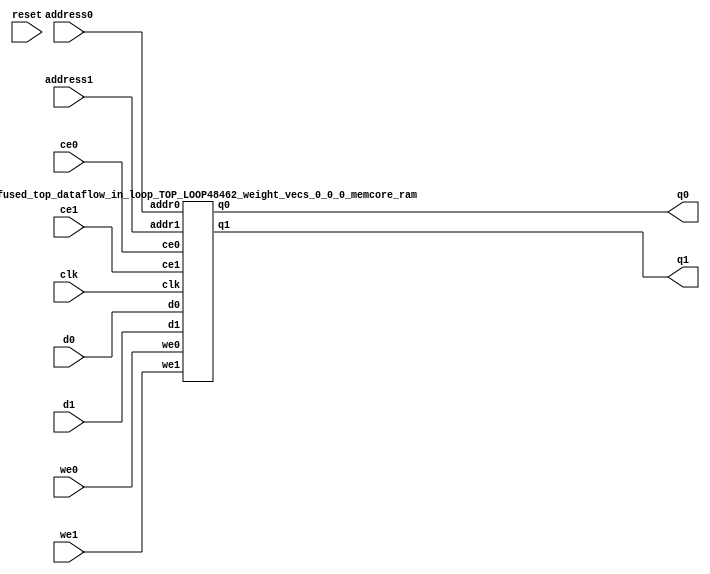
`define EXPONENT 5
`define MANTISSA 10
`define ACTUAL_MANTISSA 11
`define EXPONENT_LSB 10
`define EXPONENT_MSB 14
`define MANTISSA_LSB 0
`define MANTISSA_MSB 9
`define MANTISSA_MUL_SPLIT_LSB 3
`define MANTISSA_MUL_SPLIT_MSB 9
`define SIGN 1
`define SIGN_LOC 15
`define DWIDTH (`SIGN+`EXPONENT+`MANTISSA)
`define IEEE_COMPLIANCE 1

module td_fused_top_dataflow_in_loop_TOP_LOOP48462_weight_vecs_0_0_0_memcore(
    reset,
    clk,
    address0,
    ce0,
    we0,
    d0,
    q0,
    address1,
    ce1,
    we1,
    d1,
    q1);

parameter DataWidth = 32'd16;
parameter AddressRange = 32'd512;
parameter AddressWidth = 32'd9;
input reset;
input clk;
input[AddressWidth - 1:0] address0;
input ce0;
input we0;
input[DataWidth - 1:0] d0;
output[DataWidth - 1:0] q0;
input[AddressWidth - 1:0] address1;
input ce1;
input we1;
input[DataWidth - 1:0] d1;
output[DataWidth - 1:0] q1;



td_fused_top_dataflow_in_loop_TOP_LOOP48462_weight_vecs_0_0_0_memcore_ram td_fused_top_dataflow_in_loop_TOP_LOOP48462_weight_vecs_0_0_0_memcore_ram_U(
    .clk( clk ),
    .addr0( address0 ),
    .ce0( ce0 ),
    .we0( we0 ),
    .d0( d0 ),
    .q0( q0 ),
    .addr1( address1 ),
    .ce1( ce1 ),
    .we1( we1 ),
    .d1( d1 ),
    .q1( q1 )
);

endmodule
module td_fused_top_dataflow_in_loop_TOP_LOOP48462_weight_vecs_0_0_0_memcore_ram (addr0, ce0, d0, we0, q0, addr1, ce1, d1, we1, q1,  clk);

parameter DWIDTH = 16;
parameter AWIDTH = 9;
parameter MEM_SIZE = 512;

input[AWIDTH-1:0] addr0;
input ce0;
input[DWIDTH-1:0] d0;
input we0;
output reg[DWIDTH-1:0] q0;
input[AWIDTH-1:0] addr1;
input ce1;
input[DWIDTH-1:0] d1;
input we1;
output reg[DWIDTH-1:0] q1;
input clk;

reg [DWIDTH-1:0] ram[MEM_SIZE-1:0];




always @(posedge clk)  
begin 
    if (ce0) begin
        if (we0) 
            ram[addr0] <= d0; 
        q0 <= ram[addr0];
    end
end


always @(posedge clk)  
begin 
    if (ce1) begin
        if (we1) 
            ram[addr1] <= d1; 
        q1 <= ram[addr1];
    end
end


endmodule